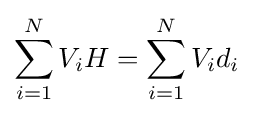
\sum _{i=1}^{N}V_{i}H=\sum _{i=1}^{N}V_{i}d_{i}